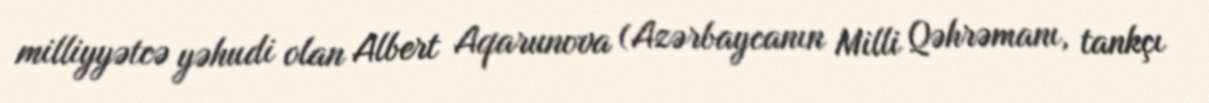
milliyyətcə yəhudi olan Albert Aqarunova (Azərbaycanın Milli Qəhrəmanı, tankçı